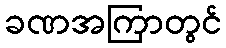
ခဏအကြာတွင်